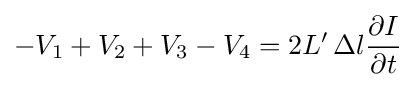
-V_{1}+V_{2}+V_{3}-V_{4}=2L'\,\Delta l{\frac {\partial {I}}{\partial {t}}}